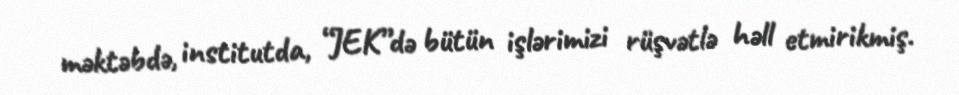
məktəbdə, institutda, “JEK”də bütün işlərimizi rüşvətlə həll etmirikmiş.